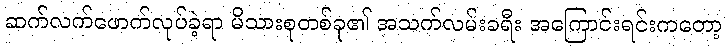
ဆက်လက်ဖောက်လုပ်ခဲ့ရာ မိသားစုတစ်ခု၏ အသက်လမ်းခရီး အကြောင်းရင်းကတော့